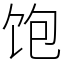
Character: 饱